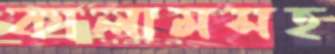
কালামসহ